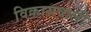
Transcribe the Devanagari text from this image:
विकासवाली